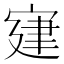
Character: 𡩌